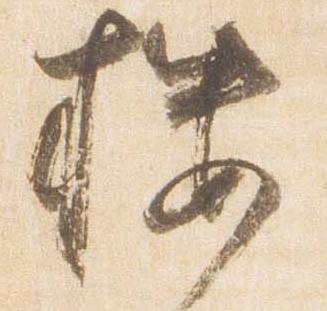
楼